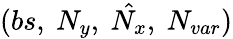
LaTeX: (bs,\ N_{y},\ \hat{N_{x}},\ N_{var})